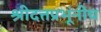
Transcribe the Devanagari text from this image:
श्रीदत्तप्रभूंनीच